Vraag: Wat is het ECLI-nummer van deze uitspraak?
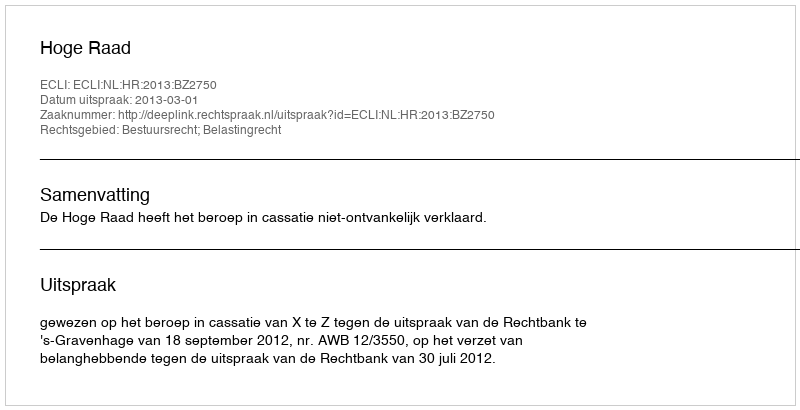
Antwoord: ECLI:NL:HR:2013:BZ2750